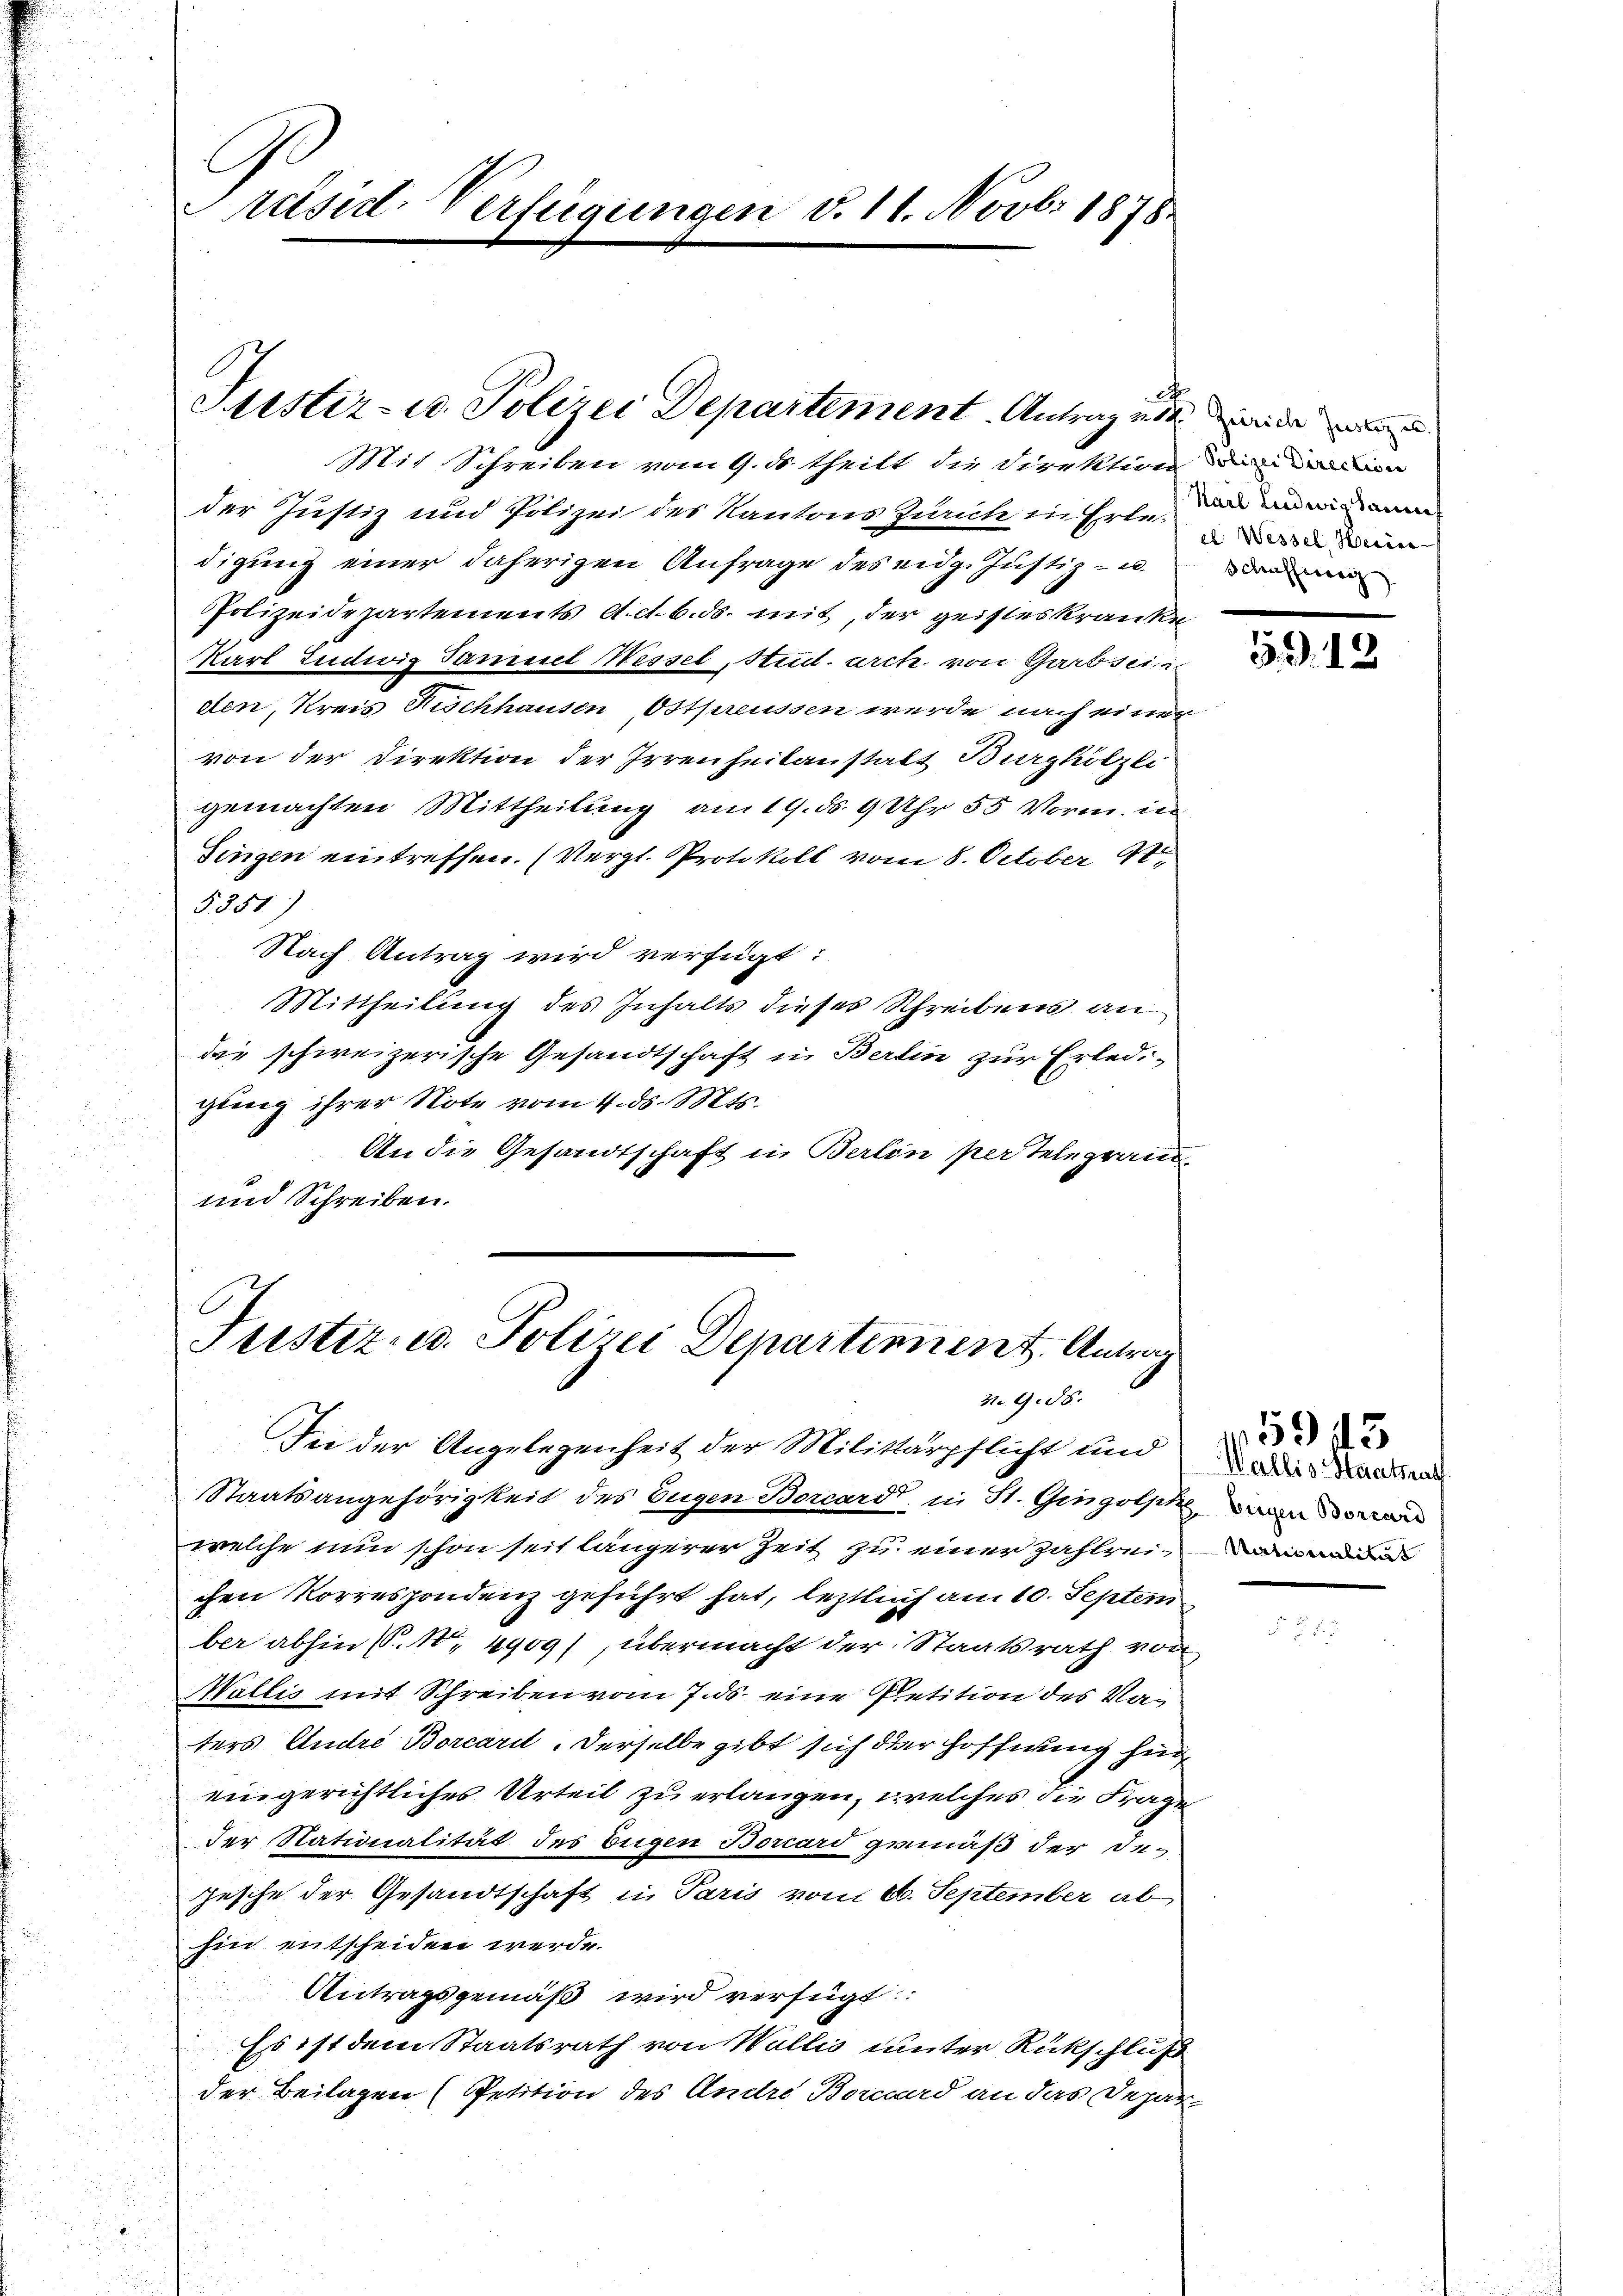
Mit Schreiben vom 9. ds. theilt die Direktion ein
der Justiz und Polizei des Kantons Zürich zu Erte, und an wie ein
digung einer daherigen Anfrage des eidg. Justiz- u.
Polizeidepartements Adb.ds. mit der geisteskranke,
Karl Ludwig Samuel Nessel, Stud. arch von Garb seine
den, Kreis Fischhausen, Ostpreussen werde nach einer
von der Direktion der Irrenheilanstalt Burghölzli
gemachten Mittheilung am 19. ds. 9 Uhr 55 Vorm. in
Singen eintreffen. (Vergl. Protokoll vom 8. October 18
§. 351)
Nach Antrag wird verfügt:
Mittheilung des Inhalts dieses Schreibens an
die schweizerische Gesandtschaft in Berlin zur Erled
gung ihrer Note vom 4. ds. Mts.
An die Gesandtschaft in Berlon per telegram¬
und Schreiben.

Präsid. Verfügungen d. 11. Novbr 1878

Justiz- u. Polizei Departement Antrag vie

Justiz- u. Polizei Departement. Antrag
Z. G. 86.

Iee der Angelegenheit der Militärpflicht und
Staatsangehörigkeit des Eugen Borcard, in St. Gingolph, da
welche nun schon seit längerer Zeit zu einer Zahlreichen Korrespondenz geführt hat, leztlich am 10. Septem
ber abhin S. 14909), übermacht der Staatsrath von
Wallis mit Schreiben vom 7. ds. eine Petition des Vaters Andre Borcardt. Derselbe gibt sich der Hoffnung für
eingerichtliches Urteil zu erlangen, welches die Frage
der Nationalität des Eugen Borcard gemäß der De¬
Zesche der Gesandtschaft in Paris vom 6. September ab-
hin entscheiden werde.
Antragsgemäß wird verfügt:
Es ist dem Staatsrath von Wallis unter Rückschluß
der Beilagen (Petition des Andre Borcuard an das Depar-

c
cl. Wessel, Herie-
Schafferg

59. 12

Wallis Staatsrath
Nationalität

5943